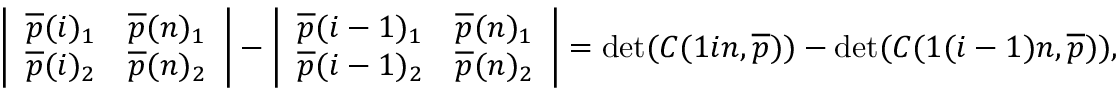
\left| \begin{array} { l l } { \overline { { p } } ( i ) _ { 1 } } & { \overline { { p } } ( n ) _ { 1 } } \\ { \overline { { p } } ( i ) _ { 2 } } & { \overline { { p } } ( n ) _ { 2 } } \end{array} \right| - \left| \begin{array} { l l } { \overline { { p } } ( i - 1 ) _ { 1 } } & { \overline { { p } } ( n ) _ { 1 } } \\ { \overline { { p } } ( i - 1 ) _ { 2 } } & { \overline { { p } } ( n ) _ { 2 } } \end{array} \right| = \operatorname* { d e t } ( C ( 1 i n , \overline { { p } } ) ) - \operatorname* { d e t } ( C ( 1 ( i - 1 ) n , \overline { { p } } ) ) ,